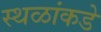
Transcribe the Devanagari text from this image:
स्थळांकडे